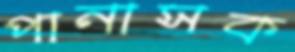
পানাসক